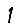
Digit: 1